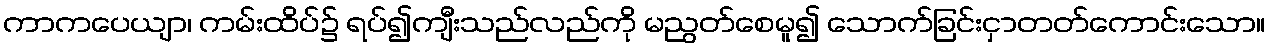
ကာကပေယျာ၊ ကမ်းထိပ်၌ ရပ်၍ကျီးသည်လည်ကို မညွတ်စေမူ၍ သောက်ခြင်းငှာတတ်ကောင်းသော။